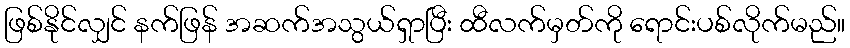
ဖြစ်နိုင်လျှင် နက်ဖြန် အဆက်အသွယ်ရှာပြီး ထီလက်မှတ်ကို ရောင်းပစ်လိုက်မည်။